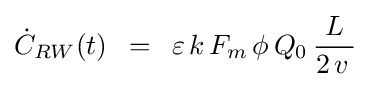
{\dot {C}}_{RW}(t)\,\,\,=\,\,\,\varepsilon \,k\,F_{m}\,\phi \,Q_{0}\,{L \over {2\,v\,}}